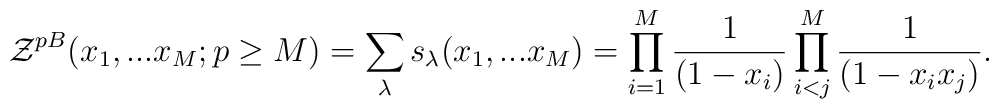
{\cal Z}^{pB}(x_1,...x_M;p\geq M)=\sum_{\lambda}s_{\lambda}(x_1,...x_M)=\prod_{i=1}^{M}\frac{1}{(1-x_i)}\prod_{i<j}^{M}\frac{1}{(1-x_ix_j)}.